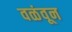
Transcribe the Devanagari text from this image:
वळंवून